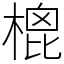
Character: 㮰